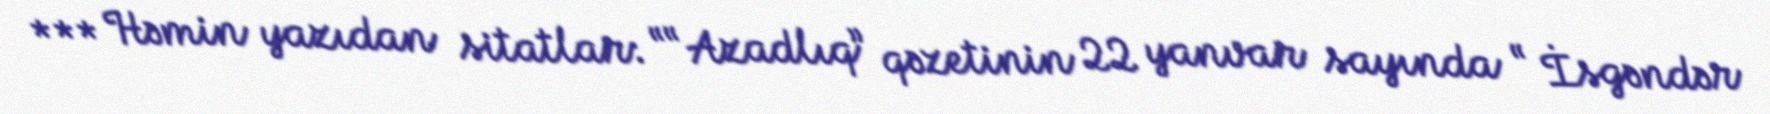
*** Həmin yazıdan sitatlar: ““Azadlıq” qəzetinin 22 yanvar sayında “ İsgəndər